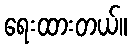
ရေးထားတယ်။